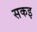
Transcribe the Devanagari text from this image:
सकइ